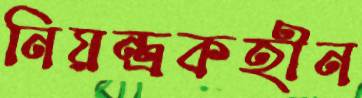
নিয়ন্ত্রকহীন